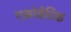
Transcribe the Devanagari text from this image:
एक्रोबेटिक